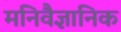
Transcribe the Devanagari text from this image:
मनिवैज्ञानिक